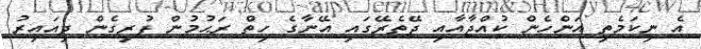
އެ ނިކަމެތި އަންހެން ކުއްޖާއާއި ދޭތެރޭގައި އޭނާގެ ހިތް ރަޙުމުން ފުރިގެން ދިއައިރު